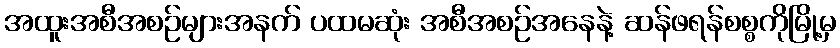
အထူးအစီအစဉ်များအနက် ပထမဆုံး အစီအစဉ်အနေနဲ့ ဆန်ဖရန်စစ္စကိုမြို့မှ